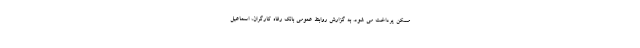
مسکن پرداخت می شود. به گزارش روابط عمومی بانک رفاه کارگران، اسماعیل